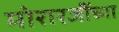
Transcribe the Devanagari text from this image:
मोरारजींच्या